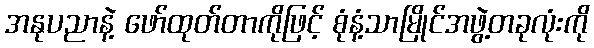
အနုပညာနဲ့ ဖော်ထုတ်တာကိုဖြင့် စုံနံ့သာမြိုင်အဖွဲ့တခုလုံးကို